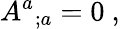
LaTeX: {A^{a}}_{;a}=0\ ,